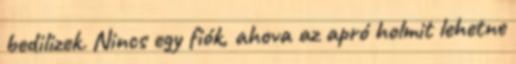
bedilizek. Nincs egy fiók, ahova az apró holmit lehetne